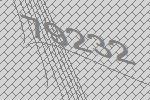
79232